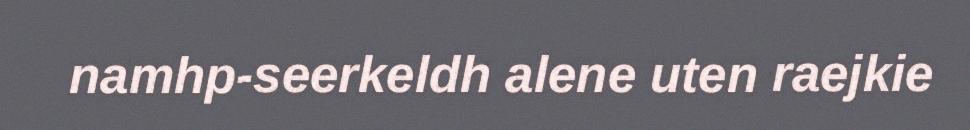
namhp-seerkeldh alene uten raejkie